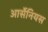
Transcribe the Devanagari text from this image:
आर्सेनियस